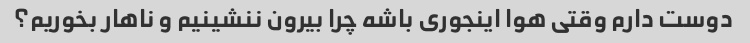
دوست دارم وقتی هوا اینجوری باشه چرا بیرون ننشینیم و ناهار بخوریم؟